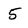
Character: 5